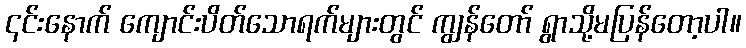
၎င်းနောက် ကျောင်းပိတ်သောရက်များတွင် ကျွန်တော် ရွာသို့မပြန်တော့ပါ။